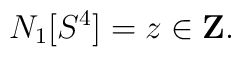
N_1[S^4] = z \in \mbox{\bf Z}.